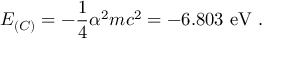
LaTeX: E _ { ( C ) } = - \frac { 1 } { 4 } \alpha ^ { 2 } m c ^ { 2 } = - 6 . 8 0 3 \ \mathrm { e V } \ .